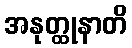
အနုတ္ထုနာတိ